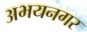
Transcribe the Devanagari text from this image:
अभयनगर